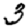
Digit: 3